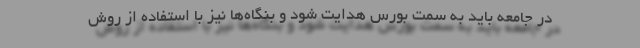
در جامعه باید به سمت بورس هدایت شود و بنگاه‌ها نیز با استفاده از روش